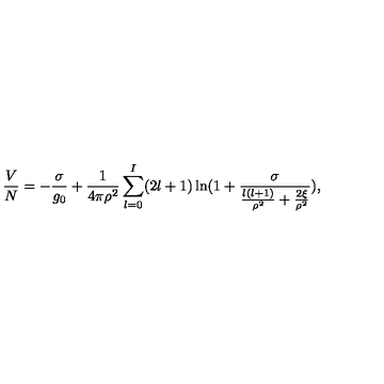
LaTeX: \frac { V } { N } = - \frac { \sigma } { g _ { 0 } } + \frac { 1 } { 4 \pi \rho ^ { 2 } } \sum _ { l = 0 } ^ { I } ( 2 l + 1 ) \ln ( 1 + \frac { \sigma } { \frac { l ( l + 1 ) } { \rho ^ { 2 } } + \frac { 2 \xi } { \rho ^ { 2 } } } ) ,